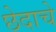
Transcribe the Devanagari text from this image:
छेदाचे